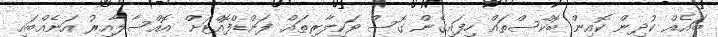
ބައެއް ކުދިން ކޮއިން ބޮކްސްތައް ހިފައިގެން ގޮސް ވަކިލާރިތައް ފަންޑްފޮއްޓަށް އޮއްސާލާއިރު އަނެއްބައި